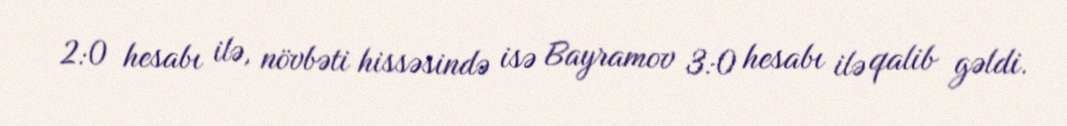
2:0 hesabı ilə, növbəti hissəsində isə Bayramov 3:0 hesabı ilə qalib gəldi.